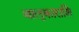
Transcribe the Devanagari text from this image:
बालुकाराशि